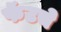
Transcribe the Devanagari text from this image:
फॅटचे